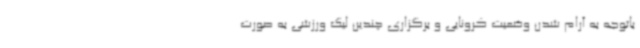
باتوجه به آرام شدن وضعیت کرونایی و برگزاری چندین لیگ ورزشی به صورت